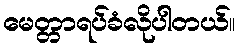
မေတ္တာရပ်ခံလိုပါတယ်။